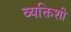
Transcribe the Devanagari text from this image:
व्यक्तिशी